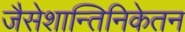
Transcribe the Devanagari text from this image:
जैसेशान्तिनिकेतन